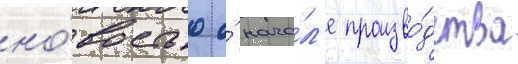
но́востью о́ нача́л'е произво́дства